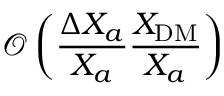
\mathcal O \left( \frac { \Delta X _ { a } } { X _ { a } } \frac { X _ { \mathrm { D M } } } { X _ { a } } \right)